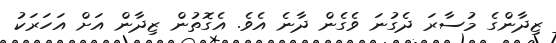
ޒިދާންގެ މުސާރަ ދެގުނަ ވެގެން ދާނެ އެވެ. އެގޮތުން ޒިދާން އަށް އަހަރަކު